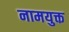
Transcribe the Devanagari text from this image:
नामयुक्त